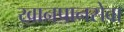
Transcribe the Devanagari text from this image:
खानपानसेवा